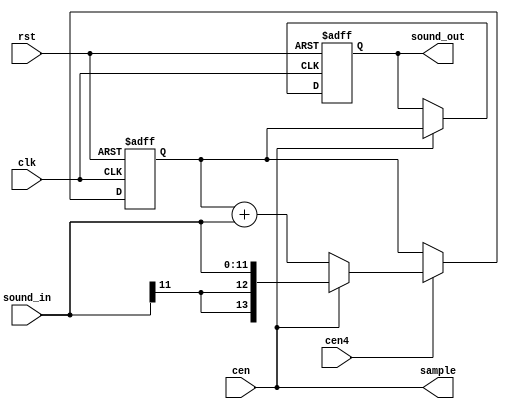
module jt6295_acc(
    input                rst,
    input                clk,
    input                cen,
    input                cen4,
    input  signed [11:0] sound_in,
    output signed [13:0] sound_out,
    output               sample
);
/* verilator lint_off WIDTH */
// Note that the interpolators remove aliasing much more
// aggressively than typical filters found on arcade PCBs
parameter INTERPOL=0; // 0 = no interpolator (recommended if there's already)
                      //     an antialising filter after JT6295
                      // 1 = 4x upsampling, LPF at 0.25*pi (too clean)
                      // 2 = 4x upsampling, LPF at 0.5*pi  (will let the 1st alias pass)

reg signed [13:0] acc, sum;

always @(posedge clk, posedge rst) begin
    if( rst ) begin
        acc <= 14'd0;
    end else if(cen4) begin
        acc <= cen ? sound_in : acc + sound_in;
    end
end

always @(posedge clk, posedge rst) begin
    if( rst ) begin
        sum <= 14'd0;
    end else if(cen) begin
        sum <= acc;
    end
end

generate
    if( INTERPOL) begin
        // This module is in the JTFRAME repository https://github.com/jotego/jtframe

        // Zero padding
        reg  signed [15:0] fir_din;
        wire signed [15:0] fir_dout;

        assign sample    = cen4;
        assign sound_out = fir_dout[13:0]; // gain the signal back up

        always @(posedge clk, posedge rst) begin
            if( rst )
                fir_din <= 16'd0;
            else
                if( cen4 ) fir_din <= cen ? { {1{sum[13]}}, sum, 1'b0 } : 16'd0;
        end


        jtframe_fir_mono #(
            .COEFFS( INTERPOL == 1 ? "jt6295_up4.hex" : "jt6295_up4_soft.hex"),
            .KMAX(69))
        u_upfilter(
            .rst        ( rst       ),
            .clk        ( clk       ),
            .sample     ( cen4      ),
            .din        ( fir_din   ),
            .dout       ( fir_dout  )
        );
    end else begin
        assign sound_out = sum;
        assign sample    = cen;
    end
endgenerate
/* verilator lint_on WIDTH */
endmodule